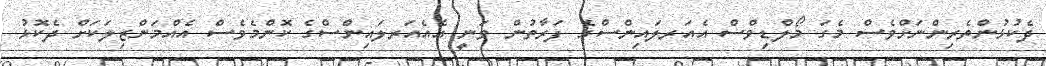
ދެކުޅުންތެރިންނަށްވެސް މެގަ މޯލްޑިވްސް އެއަރލައިންސްގެ ފަރާތުން ވަނީ އެއެއަރލައިންސްގެ ކޮންމެވެސް އެއްމަންޒިލަކަށް ދެކޮޅު